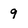
Character: 9